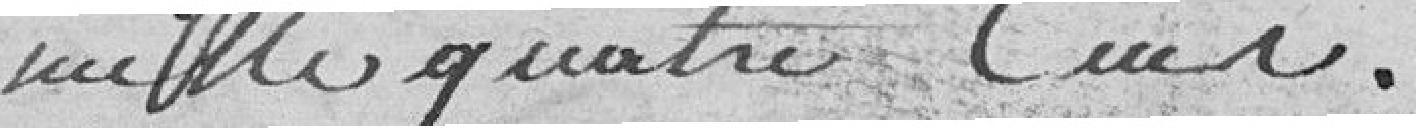
mille quatre cents.